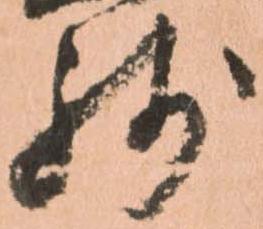
残